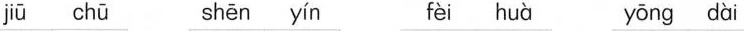
jiū chū shēn yín fèi huà yōng dài